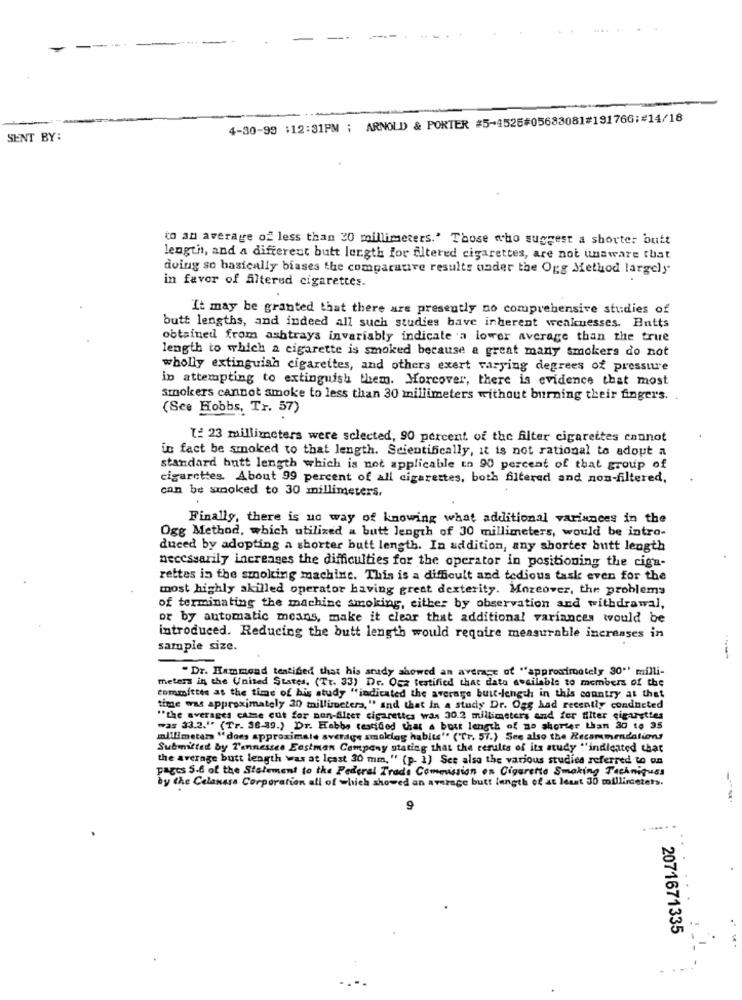
4-30-99 :12:31PM ; ARNOLD & PORTER #5-4525#05683081#191766;#14/18
SENT BY:
to an average of less than 30 millimeters.' Those who suggest a shorter butt
length, and a different butt length for altered cigarettes, are not unaware that
doing so basically biases the comparative results under the Ogg Method largely
in favor of filtered cigarettes.
It may be granted that there are presently no comprehensive studies of
butt lengths, and indeed all such studies bave inherent weaknesses. Butts
obtained from ashtrays invariably indicate a lower average than the true
length to which a cigarette is smoked because a great many smokers do not
wholly extinguish cigarettes, and others exert varying degrees of pressure
in attempting to extinguish them. Horcover, there is evidence that most
smokers cannot smoke to less than 30 millimeters without burning their fingers.
(See Hobbs, Tr. 57)
T: 23 millimeters were sclected, 90 percent of the filter cigarettes cannot
in fact be smoked to that length. Scientifically, it is not rational to adopt a
standard butt length which is not applicable to 90 percent of that group of
cigarettes. About 99 percent of all cigarettes, both filtered and non-filtered,
can be smoked to 30 millimeters.
Finally, there is no way of knowing what additional variances in the
Ogg Method, which utilized a butt length of 30 millimeters, would be intro-
duced by adopting a shorter butt length. In addition, any shorter butt length
necessarily increases the difficulties for the operator in positioning the ciga-
rettes in the smoking machine. This is a difficult and tedious task even for the
most highly skilled operator having great dexterity. Moreover, the problems
of terminating the machine smoking, either by observation and withdrawal,
or by automatic means, make it clear that additional variances would be
introduced. Reducing the butt length would require measurable increases in
sample size.
" Dr. Hammond teatified that his study showed an average of "approximately 30"' milli-
meters in the United States, (Tr. 33) Dr. Ocz testified that data available to members of the
committee at the time of his study "indicated the average buit-length in this country, at that
time was approximately 30 millimeters, " and that in a study Dr. Ogg had recently conducted
"the averages came out for non-Alter cigarettes was 30.2 millimeters and for filter cigarettes
was 33.2." (Tr. 36-39.) Dr. Habbe tessided that a boss length of mo shorter than 30 to 35
millimeters "does approximate average smoklog habits" ("Tr. 57.) See also the Recommendations
Submitted by Tennessee Eastman Company stating that the results of its study "indicated that
the average butt length was at least 30 mm, " (p- 1) See also the various studies referred to on
pages S.6 of the Statement to the Federal Trade Commission on Cigarette Smoking Techniques
by the Celanese Corporation all of which showed an average butt length of at least 30 millimeters.
9
.......
2071671335